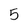
Character: 5